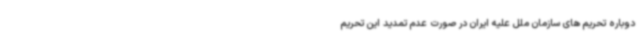
دوباره تحریم های سازمان ملل علیه ایران در صورت عدم تمدید این تحریم